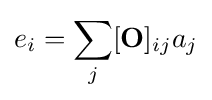
e_{i}=\sum _{j}[\mathbf {O} ]_{ij}a_{j}